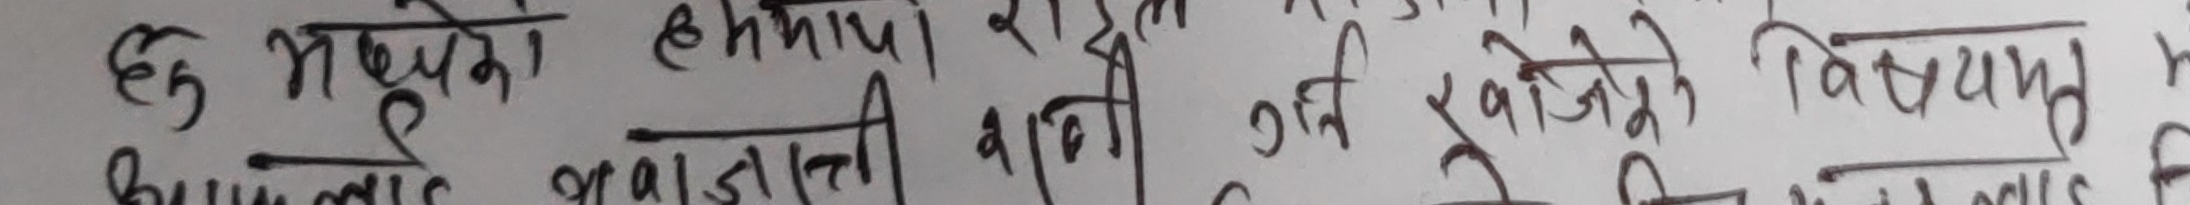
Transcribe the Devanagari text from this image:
हु भद्रेका हर्मितायो राई उनि खाजेको विश्वमा
बुझ्नुलागि भएन भन्दा यकिन तथ्य प्राप्त